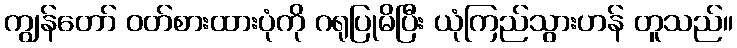
ကျွန်တော် ဝတ်စားထားပုံကို ဂရုပြုမိပြီး ယုံကြည်သွားဟန် တူသည်။